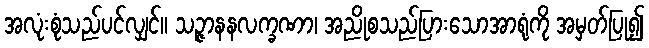
အလုံးစုံသည်ပင်လျှင်။ သဉ္ဇာနနလက္ခဏာ၊ အညိုစသည်ပြားသောအာရုံကို အမှတ်ပြု၍